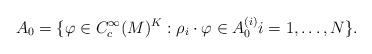
LaTeX: \begin{align*}A_0 &= \{ \varphi \in C_c^\infty(M)^K : \rho_i \cdot \varphi \in A_0^{(i)} i=1,\ldots,N \}.\end{align*}